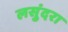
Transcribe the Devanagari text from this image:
लसुंदरा